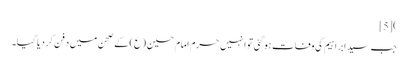
)[5]
جب سید ابراہیم کی وفات ہو گئی تو انہیں حرم امام حسین (ع) کے صحن میں دفن کر دیا گیا۔